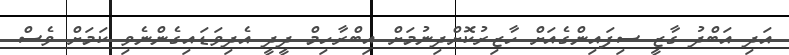
އަދި އަބްދު ގާޒީ ސިފައިންގެއަށް ހާޒިރުކޮށްދިނުމަށް އިބްރާހިމް ދީދީ އެދިވަޑައިގެންނެވި ކަމަށް ވެސް